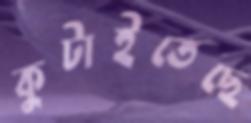
কুটাইতেছে